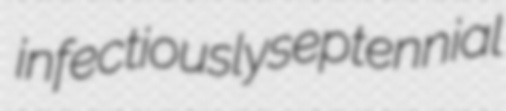
infectiously septennial